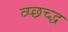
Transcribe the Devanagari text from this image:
व्प्छच्द्ध